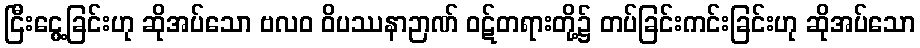
ငြီးငွေ့ခြင်းဟု ဆိုအပ်သော ဗလဝ ဝိပဿနာဉာဏ် ဝဋ်တရားတို့၌ တပ်ခြင်းကင်းခြင်းဟု ဆိုအပ်သော